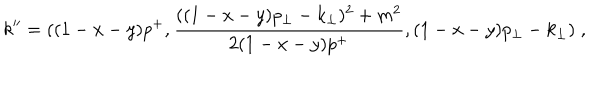
k ^ { \prime \prime } = ( ( 1 - x - y ) p ^ { + } , { \frac { ( ( 1 - x - y ) p _ { \perp } - k _ { \perp } ) ^ { 2 } + m ^ { 2 } } { 2 ( 1 - x - y ) p ^ { + } } } , ( 1 - x - y ) p _ { \perp } - k _ { \perp } ) \; ,